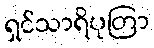
ရှင်သာရိပုတြာ